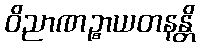
ဝိညာဏဉ္စာယတနန္တိ